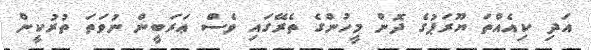
އަދި ކިއެއްތަ ޔޫރަޕުގެ ދޮން މީހުންގެ ތެރޭގައި ވެސް ޢަރަބީން ނުވަތަ ތުރުކީން